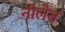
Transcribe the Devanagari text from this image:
नीलेत